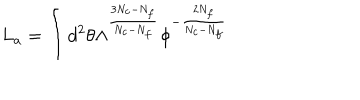
LaTeX: L _ { a } = \int d ^ { 2 } \theta \Lambda ^ { \frac { 3 N _ { c } - N _ { f } } { N _ { c } - N _ { f } } } \phi ^ { - \frac { 2 N _ { f } } { N _ { c } - N _ { f } } }